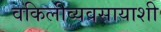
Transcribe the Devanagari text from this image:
वकिलीव्यवसायाशी